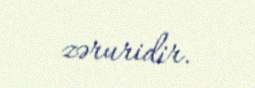
zəruridir.